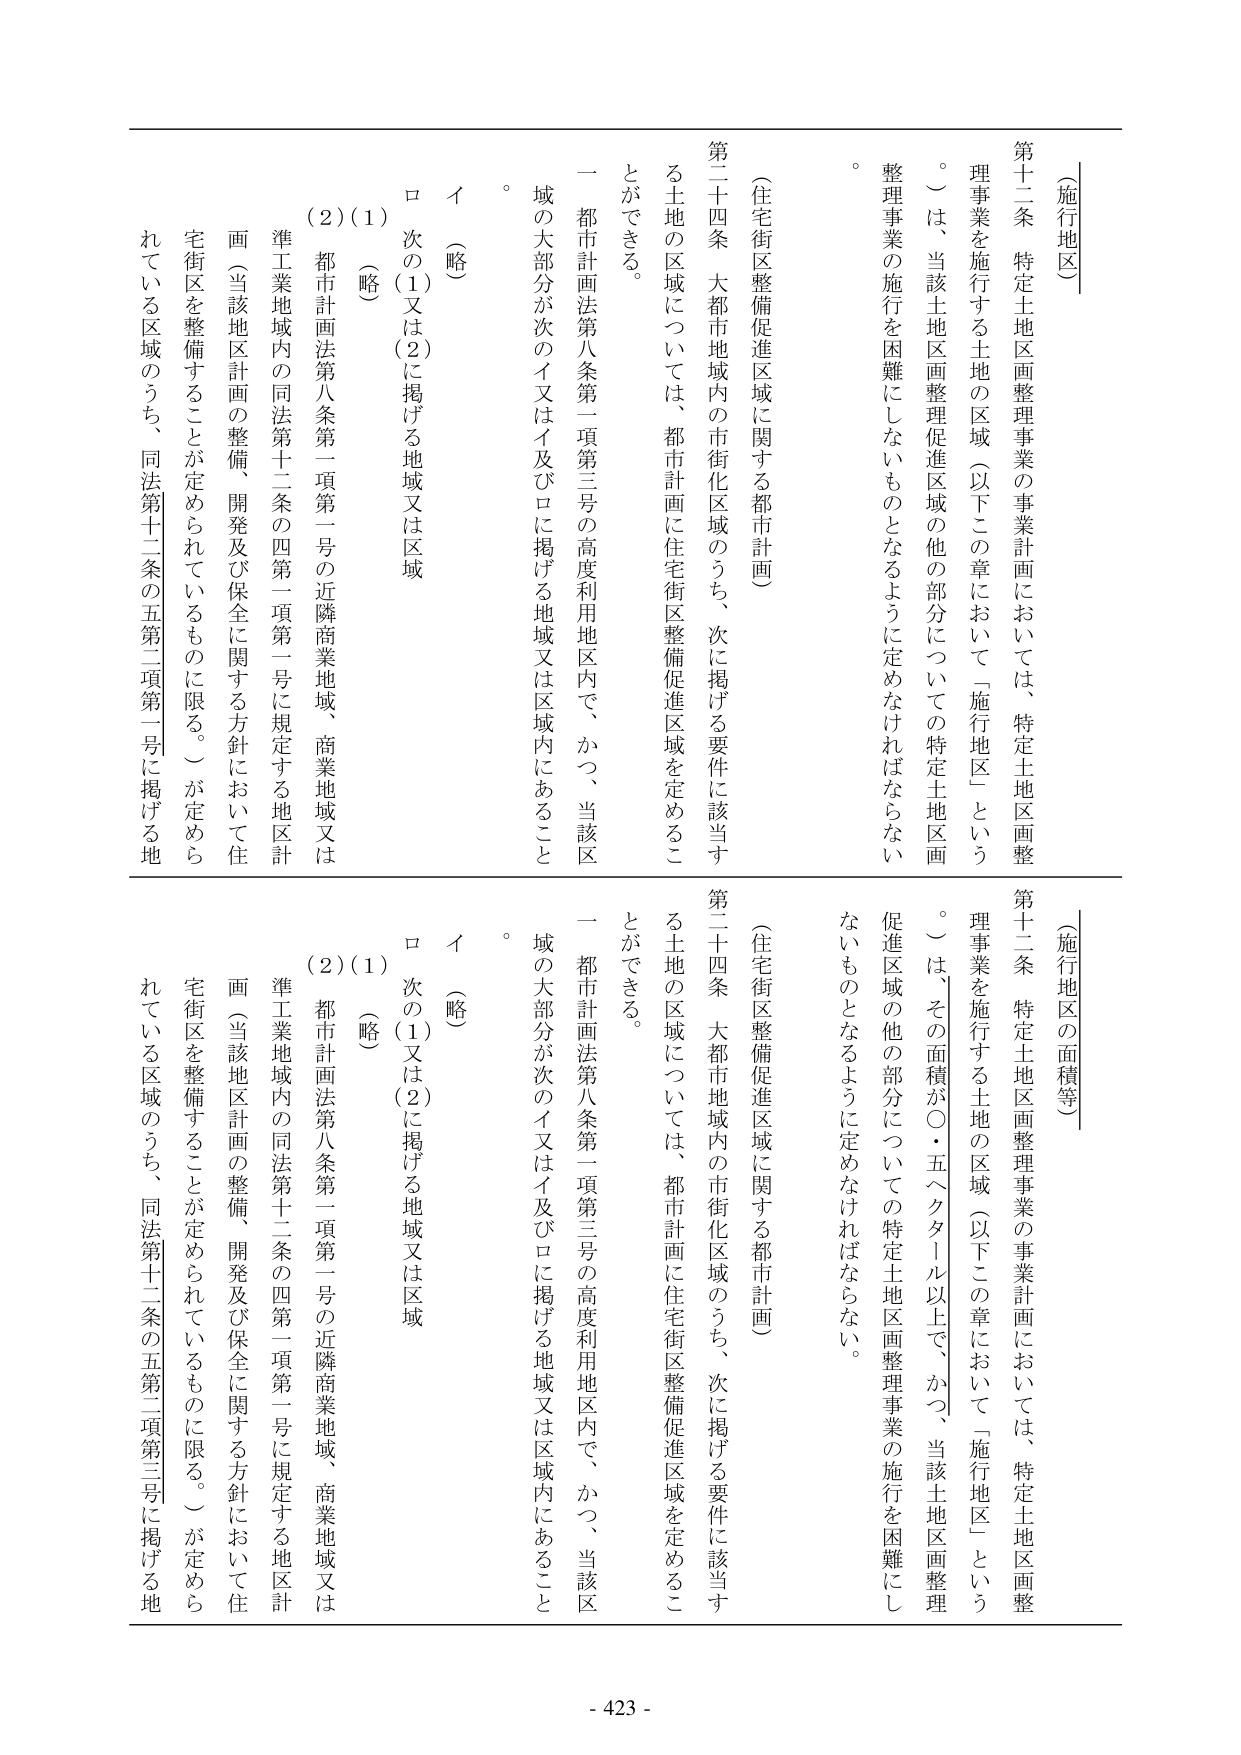
〔施行地区〕
第十二条 特定土地区画整理事業の事業計画においては、特定土地区画整理事業を施行する土地の区域（以下この章において「施行地区」という。）は、当該土地区画整理促進区域の他の部分についての特定土地区画整理事業の施行を困難にしないものとなるように定めなければならない。
（住宅街区整備促進区域に関する都市計画）
第二十四条 大都市地域内の市街化区域のうち、次に掲げる要件に該当する土地の区域については、都市計画に住宅街区整備促進区域を定めることができる。
一 都市計画法第八条第一項第三号の高度利用地区内で、かつ、当該区域の大部分が次のイ又はイ及びロに掲げる地域又は区域内にあること。
イ （略）
ロ 次の（1）又は（2）に掲げる地域又は区域
（1）（略）
（2）都市計画法第八条第一項第一号の近隣商業地域、商業地域又は準工業地域内の同法第十二条の四第一項第一号に規定する地区計画（当該地区計画の整備、開発及び保全に関する方針において住宅街区を整備することが定められているものに限る。）が定められている区域のうち、同法第十二条の五第二項第一号に掲げる地

〔施行地区の面積等〕
第十二条 特定土地区画整理事業の事業計画においては、特定土地区画整理事業を施行する土地の区域（以下この章において「施行地区」という。）は、その面積が〇・五ヘクタール以上で、かつ、当該土地区画整理促進区域の他の部分についての特定土地区画整理事業の施行を困難にしないものとなるように定めなければならない。
（住宅街区整備促進区域に関する都市計画）
第二十四条 大都市地域内の市街化区域のうち、次に掲げる要件に該当する土地の区域については、都市計画に住宅街区整備促進区域を定めることができる。
一 都市計画法第八条第一項第三号の高度利用地区内で、かつ、当該区域の大部分が次のイ又はイ及びロに掲げる地域又は区域内にあること。
イ （略）
ロ 次の（1）又は（2）に掲げる地域又は区域
（1）（略）
（2）都市計画法第八条第一項第一号の近隣商業地域、商業地域又は準工業地域内の同法第十二条の四第一項第一号に規定する地区計画（当該地区計画の整備、開発及び保全に関する方針において住宅街区を整備することが定められているものに限る。）が定められている区域のうち、同法第十二条の五第二項第三号に掲げる地

- 423 -